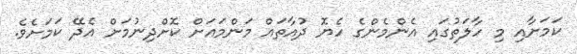
ކަމަށާއި މި ހާލަތުގައި އެންމެންގެ ހެޔޮ ދުއާތައް މަންމައަށް ކޮށްދިނުމަށް އެދޭ ކަމަށެވެ.